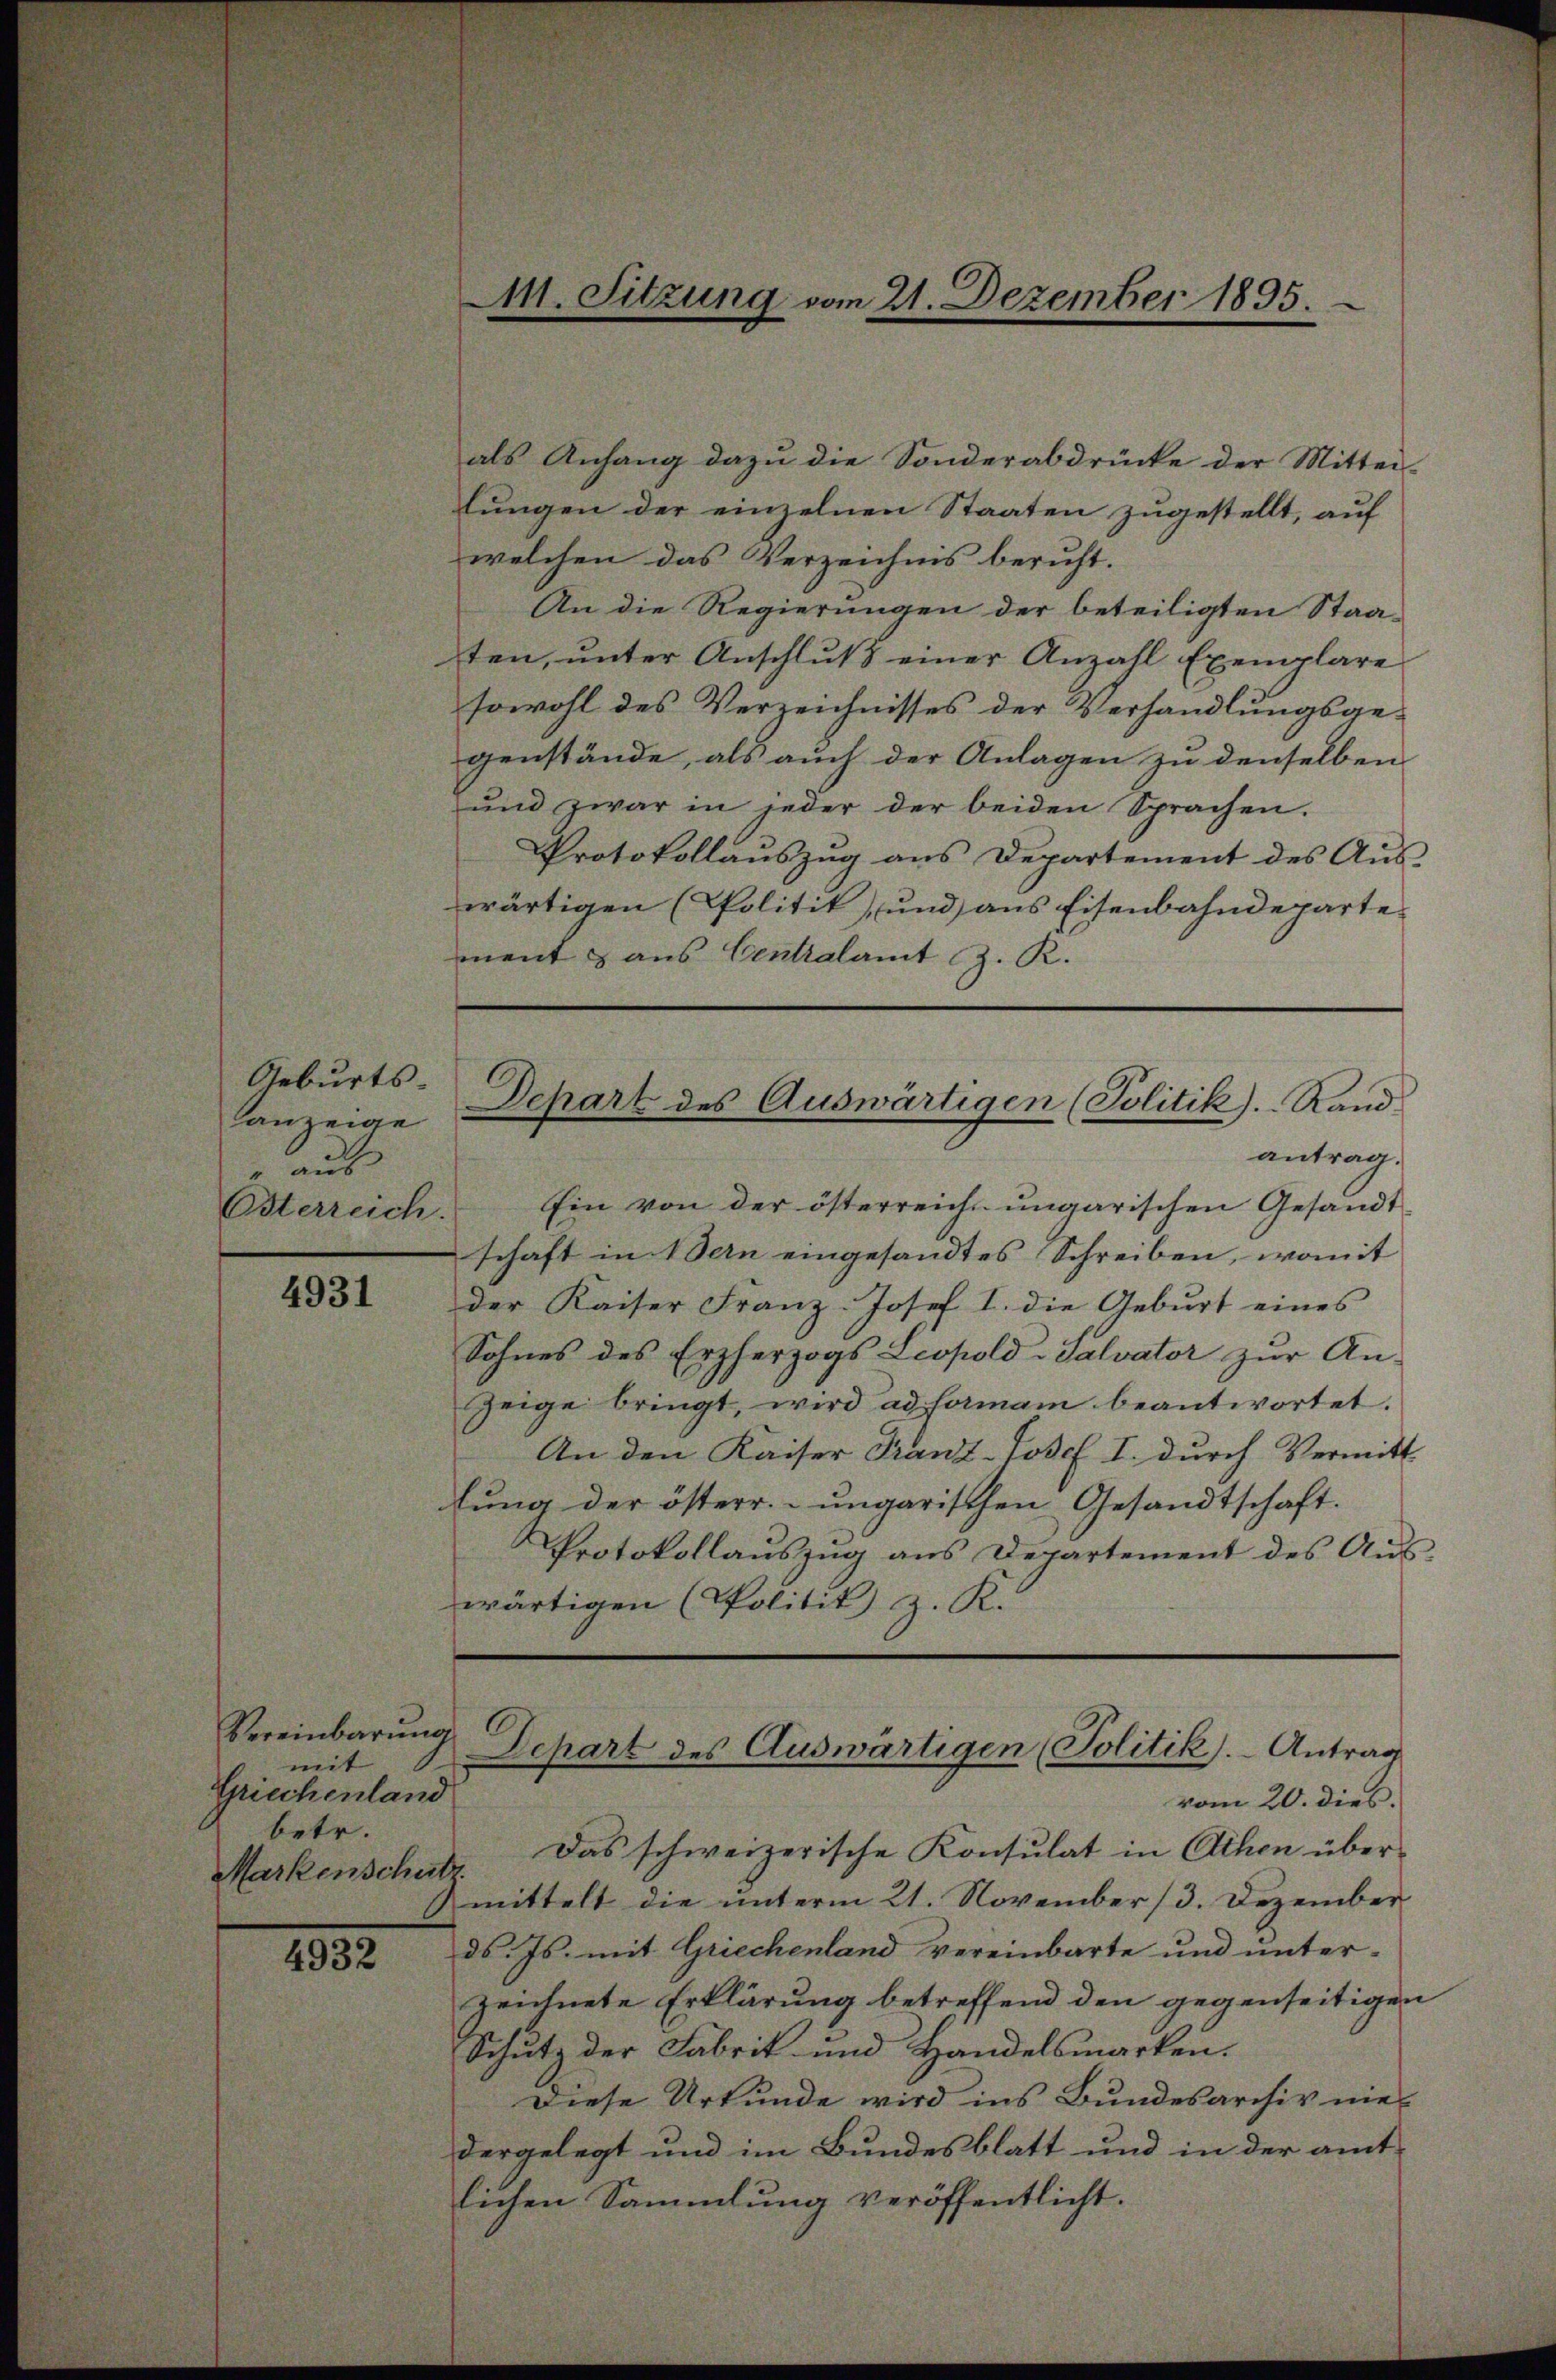
Geburts-
lanzeige
 aus
Österreich.

4931

Vereinbarung
mit
Griechenland
betr.
Markenschutz

4932

ment & aus Centralamt z. R.

M. Sitzung vom 21. Dezember 1895.

Depart des Auswärtigen (Politik). Rand

als Anhang dazu die Sonderabdrücke der Mittei-
lungen der einzelnen Staaten zugestellt, auf
welchen das Verzeichnis beruht.
An die Regierungen der beteiligten Staaten, unter Anschluß einer Anzahl Exemplare
sowohl des Verzeichnisses der Verhandlungsge-
genstände, als auch der Anlagen zu denselben
und zwar in jeder der beiden Sprachen.
Protokollauszug aus Departement des Aus-
wärtigen (Politik, und aus Eisenbahndeparte-
antrag.
Ein von der österreichs ungarischen Gesandtschaft in Bern eingesandtes Schreiben, womit
der Kaiser Franz-Josef I. die Gebŭrt eines
Sohnes des Erzherzogs Leopold-Salvator zur An-
Zeige bringt, wird ad harmam beantwortet.
An den Kaiser Franz-Josef I. durch Vermitt
lung der österr. ungarischen Gesandtschaft.
Protokollaŭszŭg ans Departement des Aŭs-
wärtigen (Politik z. K.
Depart des Auswärtigen (Politik).- Antrag
vom 20. dies.
Das schweizerische Konsulat in Athen übermittelt die unterm 21. November (3. Dezember
ds. Js. mit Griechenland vereinbarte und unter-
zeichnete Erklärung betreffend den gegenseitigen
Schutz der Fabrik und Handelsmarken.
Diese Urkunde wird ins Bundesarchiv me-
dergelegt und im Bundesblatt und in der amtlichen Sammlung veröffentlicht.